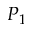
P _ { 1 }